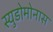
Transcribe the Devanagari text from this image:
स्युडोमोनास